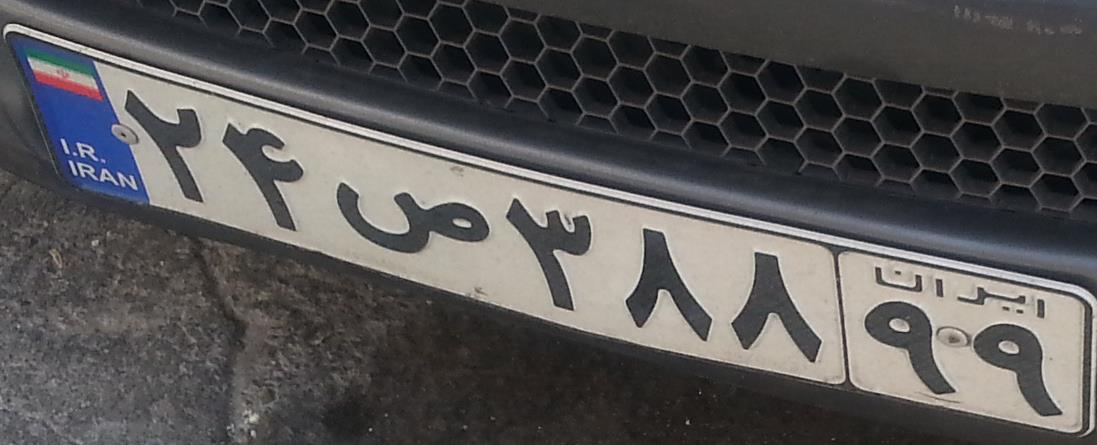
۲۴ص۳۸۸۹۹